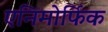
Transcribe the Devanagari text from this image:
एनिमोर्फिक